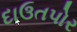
દાઉતપોર